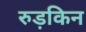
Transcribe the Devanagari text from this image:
रुड़किन